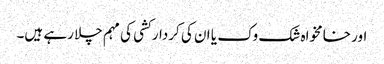
اور خامخواہ شک وک یا ان کی کردار کشی کی مہم چلا رہے ہیں۔